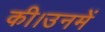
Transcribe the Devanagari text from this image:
की।उनमें